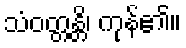
သံဝတ္တန္တိ၊ ကုန်၏။